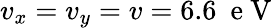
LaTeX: v_{x}=v_{y}=v=6.6\ \mathrm{~e~V~}